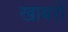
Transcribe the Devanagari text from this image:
खाबरों